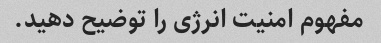
مفهوم امنیت انرژی را توضیح دهید.